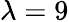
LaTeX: \lambda=9